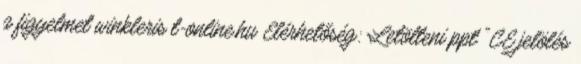
a figyelmet winkleris t-online.hu Elérhetőség: Letölteni ppt "CE jelölés